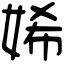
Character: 㛓